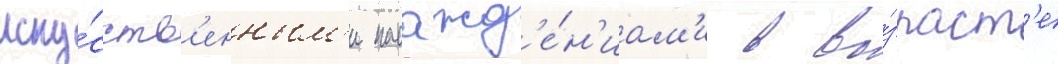
иску́сств'енным'и насажд'е́н'иам'и в во́зраст'е